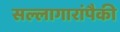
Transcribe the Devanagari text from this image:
सल्लागारांपैकी